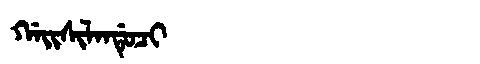
Manchu: ᡤᠠᡳᠰᡳᠯᠠᠨᡩᡠᠴᡳ
Romanization: GAISILANDUCI